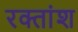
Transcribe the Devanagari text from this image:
रक्‍तांश